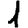
Digit: 1